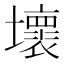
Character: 壞